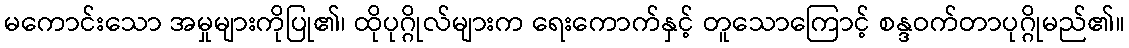
မကောင်းသော အမှုများကိုပြု၏၊ ထိုပုဂ္ဂိုလ်များက ရေးကောက်နှင့် တူသောကြောင့် စန္ဒဝက်တာပုဂ္ဂိုမည်၏။